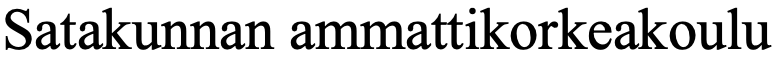
Satakunnan ammattikorkeakoulu